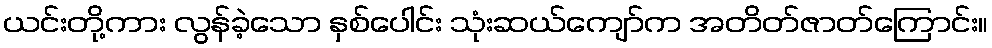
ယင်းတို့ကား လွန်ခဲ့သော နှစ်ပေါင်း သုံးဆယ်ကျော်က အတိတ်ဇာတ်ကြောင်း။